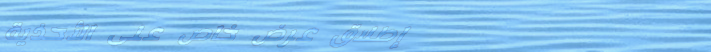
إطلاق عرض خاص على الأحذية